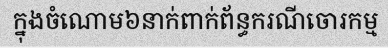
ក្នុងចំណោម៦នាក់ពាក់ព័ន្ធករណីចោរកម្ម